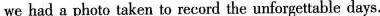
we had a photo taken to record the unforgettable days.